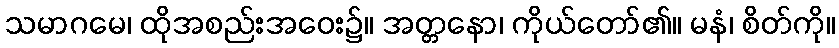
သမာဂမေ၊ ထိုအစည်းအဝေး၌။ အတ္တနော၊ ကိုယ်တော်၏။ မနံ၊ စိတ်ကို။